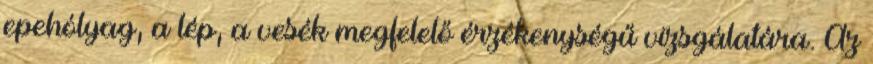
epehólyag, a lép, a vesék megfelelő érzékenységű vizsgálatára. Az